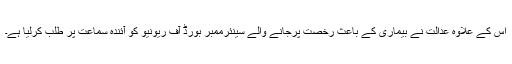
اس کے علاوہ عدالت نے بیماری کے باعث رخصت پرجانے والے سینئرممبر بورڈ آف ریونیو کو آئندہ سماعت پر طلب کرلیا ہے۔